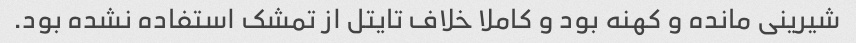
شیرینی مانده و کهنه بود و کاملا خلاف تایتل از تمشک استفاده نشده بود.